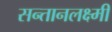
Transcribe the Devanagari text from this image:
सन्तानलक्ष्मी